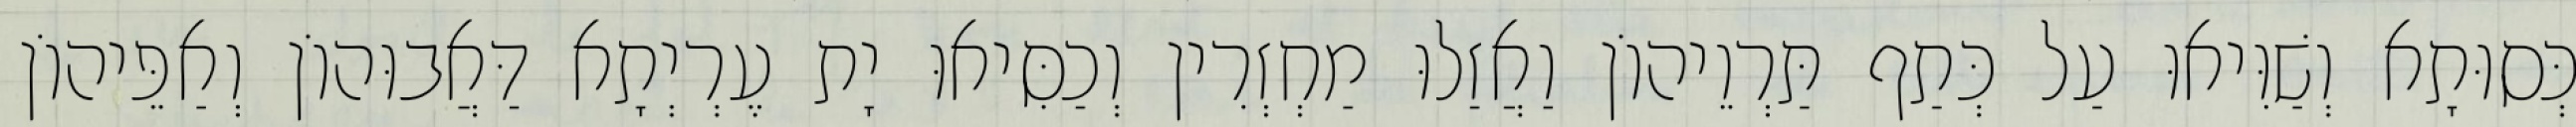
כְּסוּתָא וְשַׁוִּיאוּ עַל כְּתַף תַּרְוֵיהוֹן וַאֲזַלוּ מַחְזְרִין וְכַסִּיאוּ יָת עֶרְיְתָא דַּאֲבוּהוֹן וְאַפֵּיהוֹן